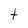
Character: t